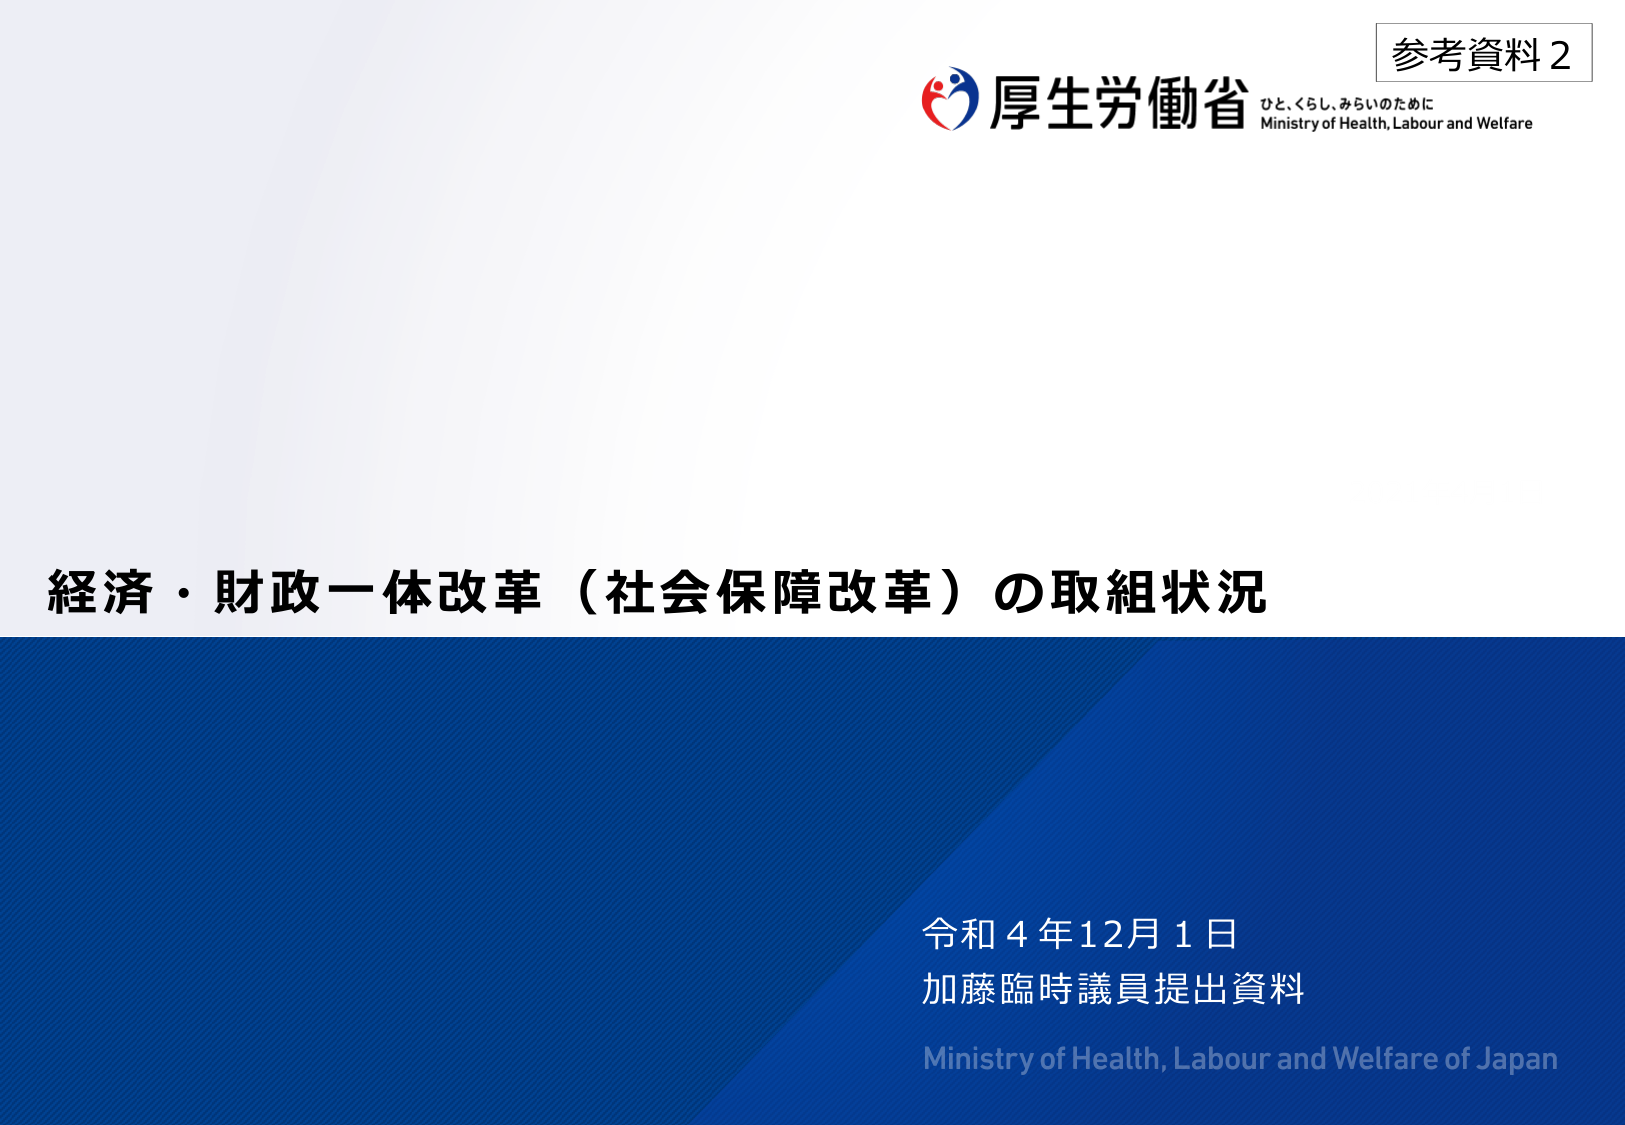
参考資料2
厚生労働省
ひと、くらし、みらいのために
Ministry of Health, Labour and Welfare
経済・財政一体改革（社会保障改革）の取組状況
令和4年12月1日
加藤臨時議員提出資料
Ministry of Health, Labour and Welfare of Japan